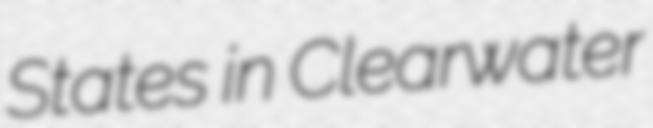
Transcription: States in Clearwater